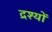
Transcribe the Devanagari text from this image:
द्रश्‍यों